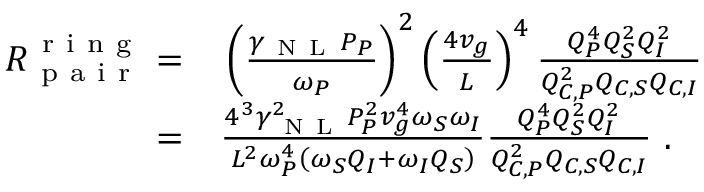
\begin{array} { r l } { R _ { \mathrm { ~ p ~ a ~ i ~ r ~ } } ^ { \mathrm { ~ r ~ i ~ n ~ g ~ } } = } & { { } \left( \frac { \gamma _ { \mathrm { ~ N ~ L ~ } } P _ { P } } { \omega _ { P } } \right) ^ { 2 } \left( \frac { 4 v _ { g } } { L } \right) ^ { 4 } \frac { Q _ { P } ^ { 4 } Q _ { S } ^ { 2 } Q _ { I } ^ { 2 } } { Q _ { C , P } ^ { 2 } Q _ { C , S } Q _ { C , I } } } \\ { = } & { { } \frac { 4 ^ { 3 } \gamma _ { \mathrm { ~ N ~ L ~ } } ^ { 2 } P _ { P } ^ { 2 } v _ { g } ^ { 4 } \omega _ { S } \omega _ { I } } { L ^ { 2 } \omega _ { P } ^ { 4 } \left( \omega _ { S } Q _ { I } + \omega _ { I } Q _ { S } \right) } \frac { Q _ { P } ^ { 4 } Q _ { S } ^ { 2 } Q _ { I } ^ { 2 } } { Q _ { C , P } ^ { 2 } Q _ { C , S } Q _ { C , I } } \ . } \end{array}